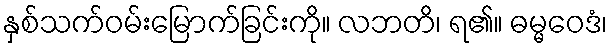
နှစ်သက်ဝမ်းမြောက်ခြင်းကို။ လဘတိ၊ ရ၏။ ဓမ္မဝေဒံ၊